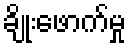
ချိုးဖောက်မှု